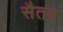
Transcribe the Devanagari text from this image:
सैतव